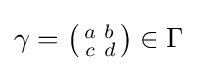
\gamma =\left({\begin{smallmatrix}a&b\\c&d\end{smallmatrix}}\right)\in \Gamma